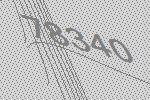
78340